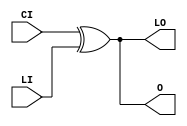
// $Header: /devl/xcs/repo/env/Databases/CAEInterfaces/verunilibs/s/XORCY_D.v,v 1.9 2003/01/21 01:55:44 wloo Exp $

/*

FUNCTION	: XOR for carry logic

*/

`timescale  100 ps / 10 ps


module XORCY_D (LO, O, CI, LI);

    output LO, O;

    input  CI, LI;

	xor X1 (O, CI, LI);
	xor X2 (LO, CI, LI);

    specify
	(CI *> O) = (0, 0);
	(LI *> O) = (0, 0);
	(CI *> LO) = (0, 0);
	(LI *> LO) = (0, 0);
    endspecify

endmodule